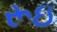
રૂઇ